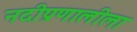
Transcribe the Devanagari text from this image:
नदीप्रणालीला